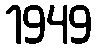
1949